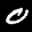
Label: 0